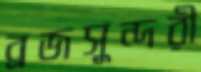
ব্রজসুন্দরী